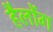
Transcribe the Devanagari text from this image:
हैलोंग